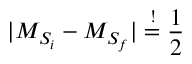
\vert { M } _ { { S } _ { i } } - { M } _ { { S } _ { f } } \vert \overset { ! } { = } \frac { 1 } { 2 }